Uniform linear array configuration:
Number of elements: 4
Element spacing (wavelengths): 1
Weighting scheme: hann
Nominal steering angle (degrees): -30
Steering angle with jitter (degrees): -28.082
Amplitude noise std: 0.05
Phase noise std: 0.05

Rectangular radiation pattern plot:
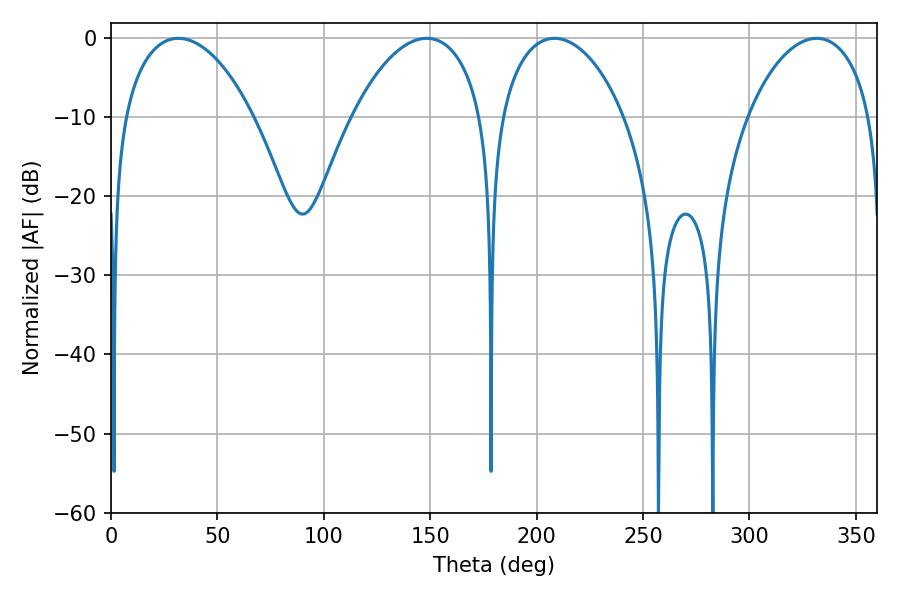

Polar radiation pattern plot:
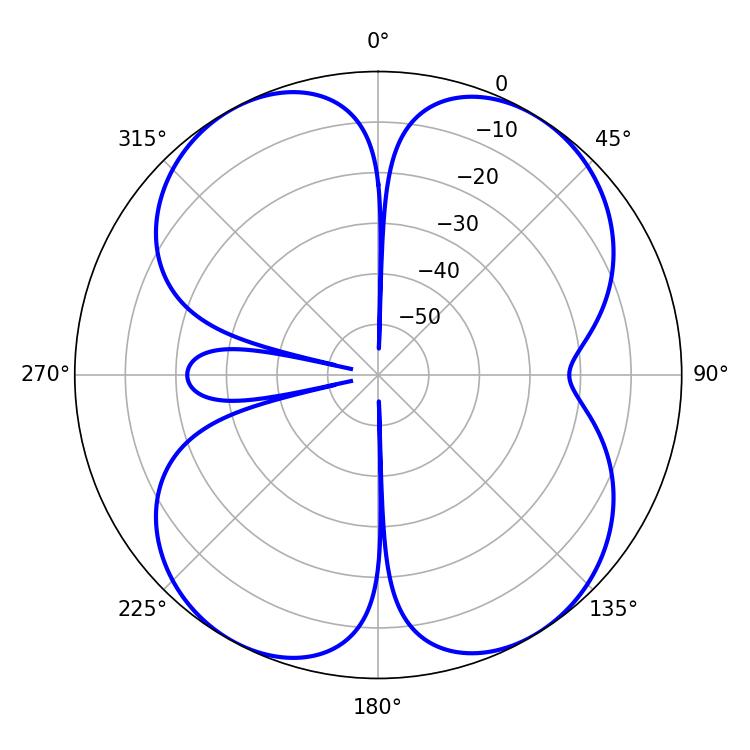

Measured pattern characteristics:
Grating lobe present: TRUE
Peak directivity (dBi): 12.891
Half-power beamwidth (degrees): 34.74
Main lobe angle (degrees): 31.68